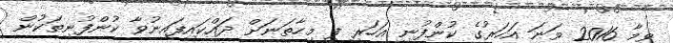
ވީމާ 2016 ވަނަ އަހަރުގެ ކުންފުނި އަހަރީ ފީ މިހާތަނަށް ދައްކައިފައިނުވާ ކުންފުނިތަކުން